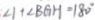
1 + \angle B G H = 1 8 0 ^ { \circ }